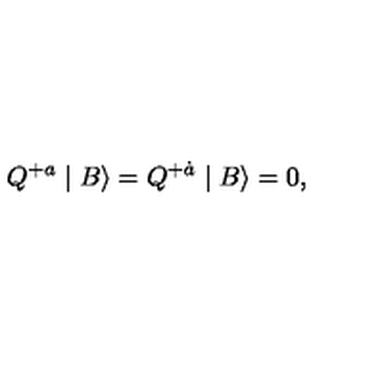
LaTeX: Q ^ { + a } \mid B \rangle = Q ^ { + \dot { a } } \mid B \rangle = 0 ,